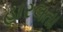
હારલતા